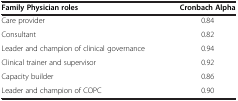
<table><thead><tr><td><b>Family Physician roles</b></td><td><b>Cronbach Alpha</b></td></tr></thead><tbody><tr><td>Care provider</td><td>0.84</td></tr><tr><td>Consultant</td><td>0.82</td></tr><tr><td>Leader and champion of clinical governance</td><td>0.94</td></tr><tr><td>Clinical trainer and supervisor</td><td>0.92</td></tr><tr><td>Capacity builder</td><td>0.86</td></tr><tr><td>Leader and champion of COPC</td><td>0.90</td></tr></tbody></table>